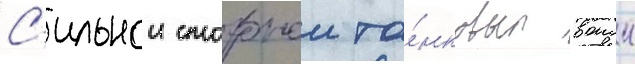
С'ильнои сторонои та́нковых воиск